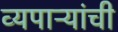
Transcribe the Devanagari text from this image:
व्यपाऱ्यांची